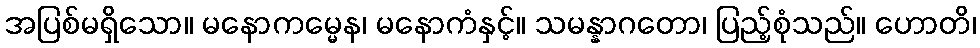
အပြစ်မရှိသော။ မနောကမ္မေန၊ မနောကံနှင့်။ သမန္နာဂတော၊ ပြည့်စုံသည်။ ဟောတိ၊